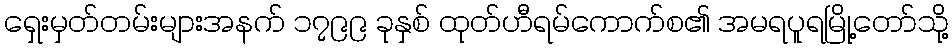
ရှေးမှတ်တမ်းများအနက် ၁၇၉၉ ခုနှစ် ထုတ်ဟီရမ်ကောက်စ၏ အမရပူရမြို့တော်သို့